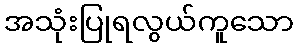
အသုံးပြုရလွယ်ကူသော